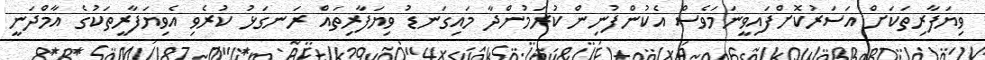
ވިޔަފާރިތަކަށް އަސަރުކޮށްފައިވީނަމަވެސް އެކުންފުނިން ކުރަމުންދާ މައިގަނޑު ވިޔަފާރިތައް ރަނގަޅު ކުރެވި އެވިޔަފާރީތަކުގެ އާމްދަނީ